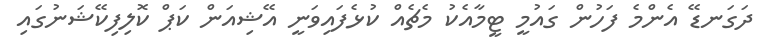
ދަގަނޑޭ އެންމެ ފަހުން ގައުމީ ޓީމާއެކު މެޗެއް ކުޅެފައިވަނީ އޭޝިއަން ކަޕް ކޮލިފިކޭޝަނުގައި